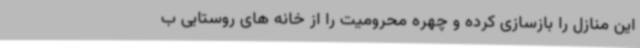
این منازل را بازسازی کرده و چهره محرومیت را از خانه های روستایی ب